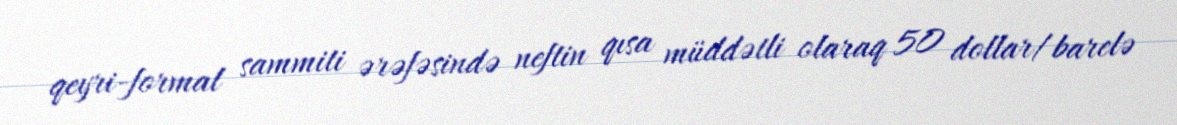
qeyri-formal sammiti ərəfəsində neftin qısa müddətli olaraq 50 dollar/barelə